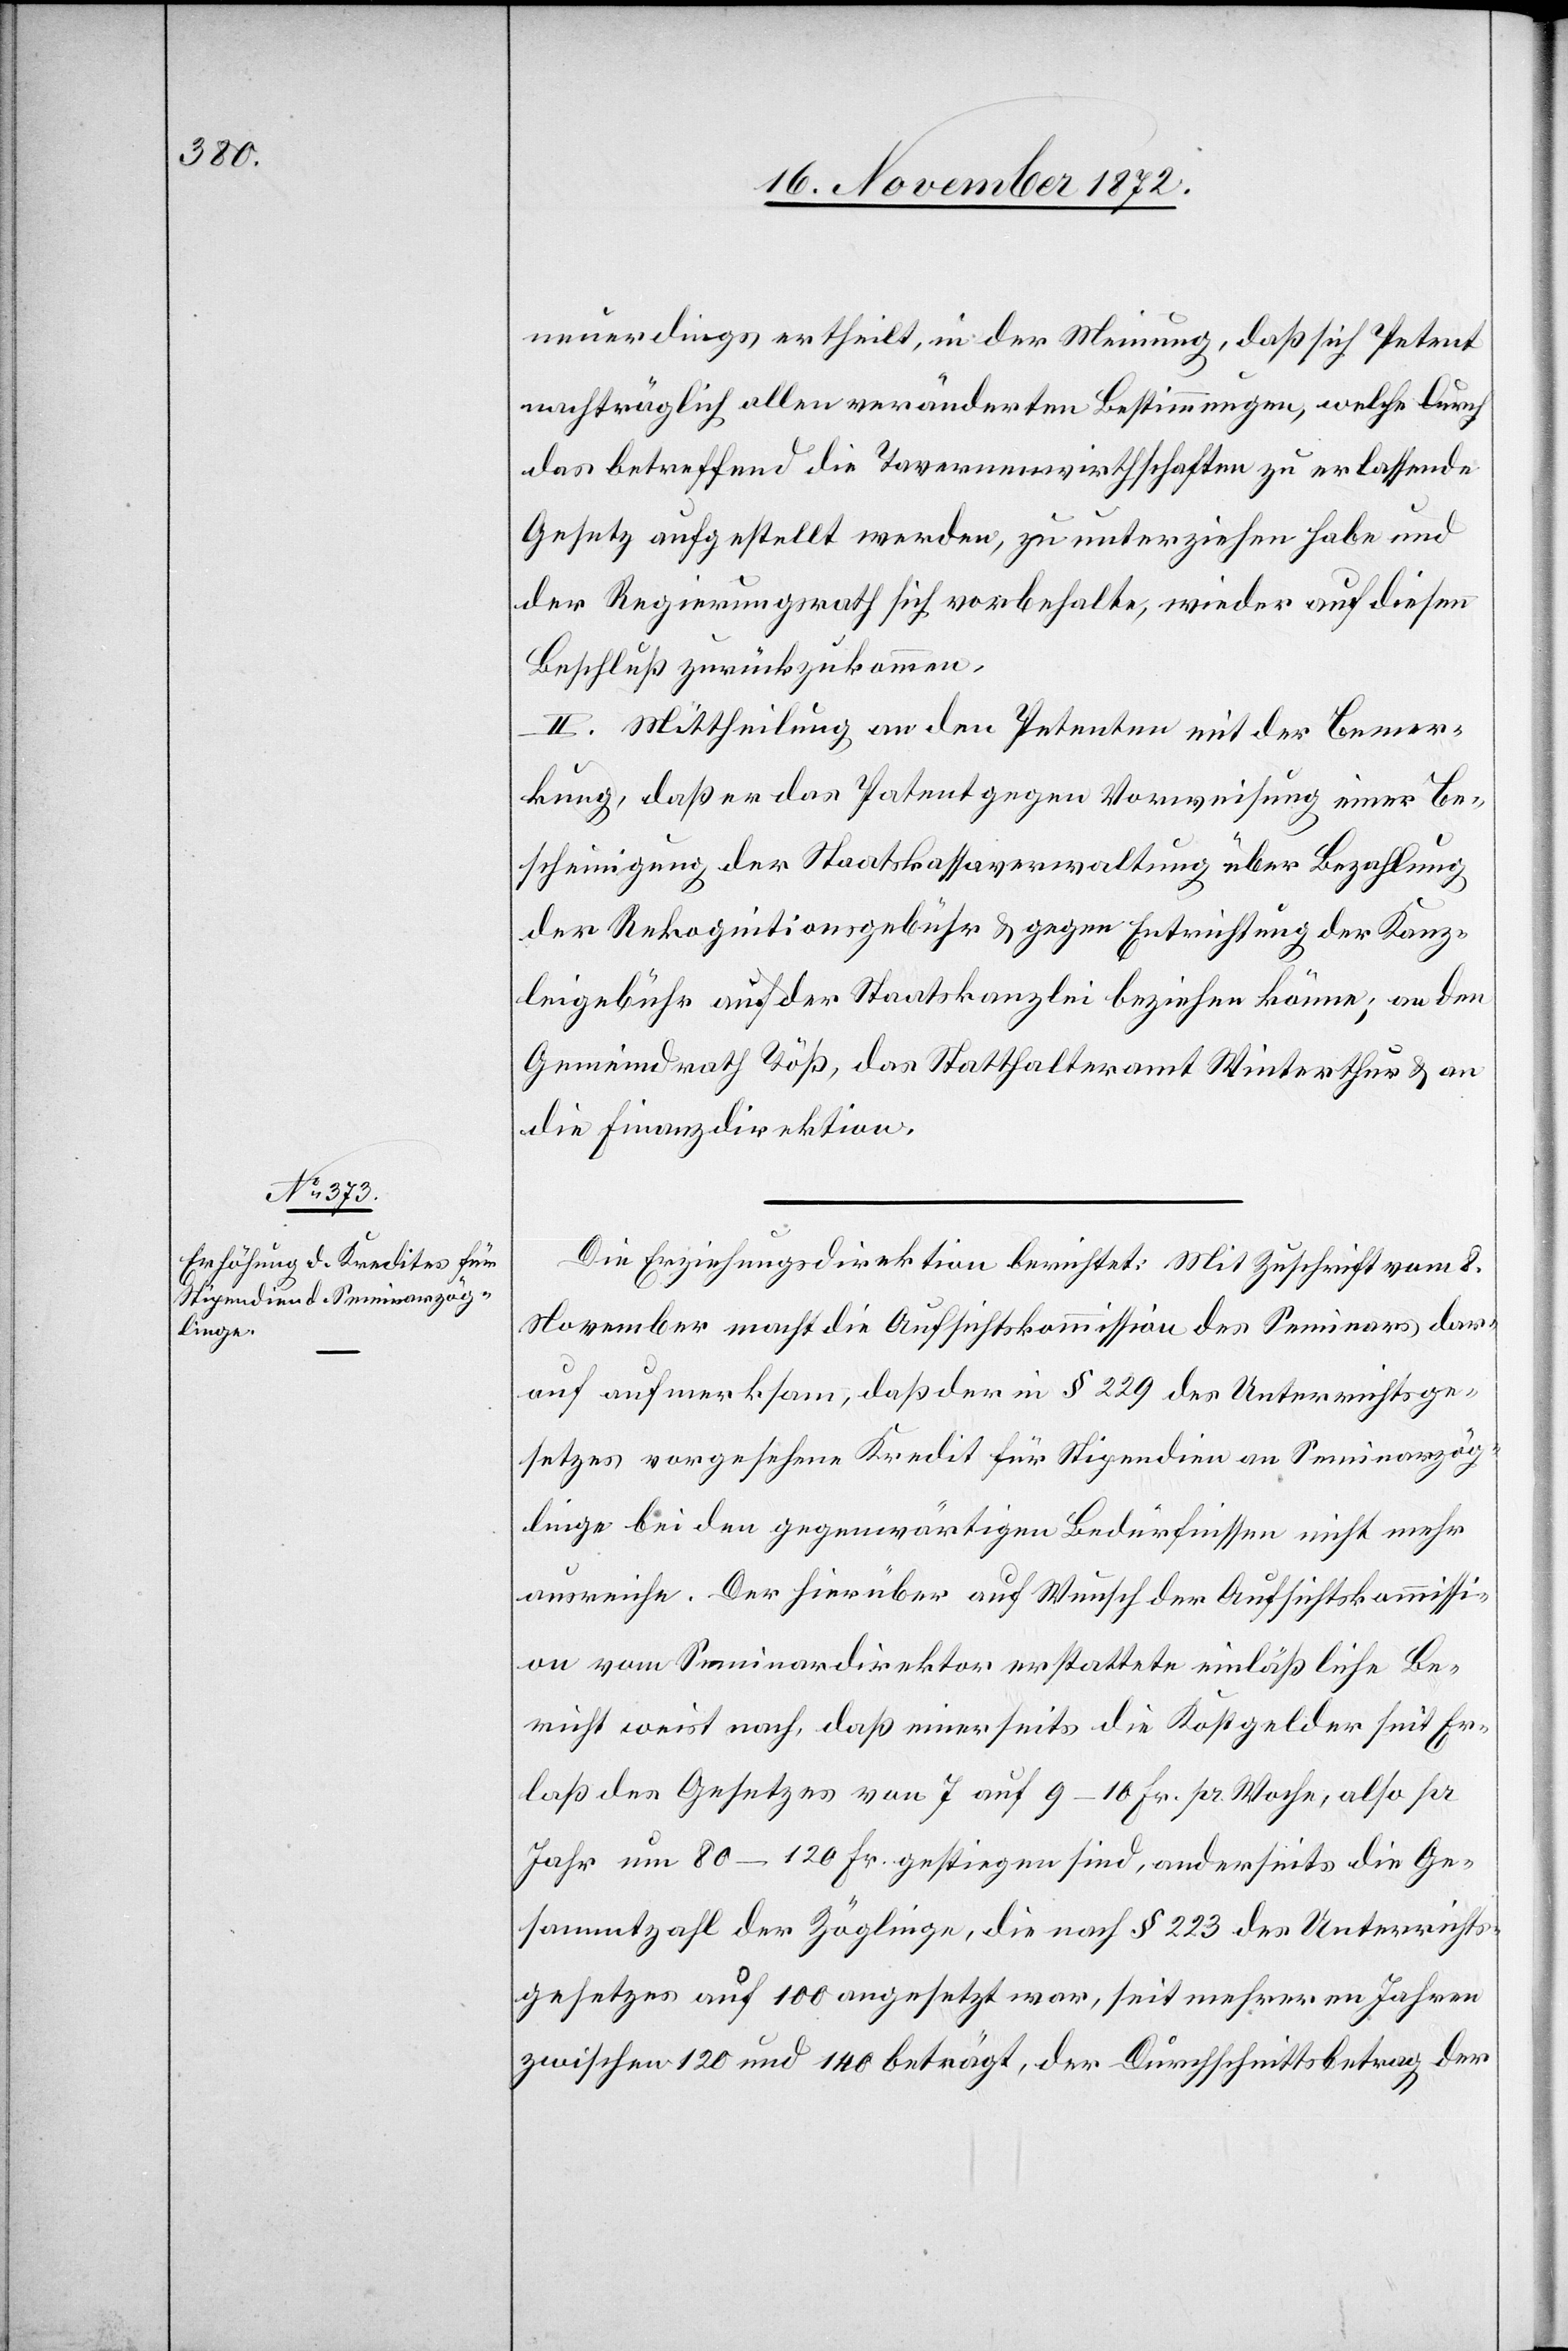
neuerdings ertheilt, in der Meinung, daß sich Petent
nachträglich allen veränderten Bestimmungen, welche durch
das betreffend die Tavernenwirthschaften zu erlassende
Gesetz aufgestellt werden, zu unterziehen habe und
der Regierungsrath sich vorbehalte, wieder auf diesen
Beschluß zurückzukommen.
II. Mittheilung an den Petenten mit der Bemer¬
kung, daß er das Patent gegen Vorweisung einer Be¬
scheinigung der Staatskassaverwaltung über Bezahlung
der Rekognitionsgebühr u. gegen Entrichtung der Kanz¬
leigebühr auf der Staatskanzlei beziehen könne; an den
Gemeindrath Töß, das Statthalteramt Winterthur u. an
die Finanzdirektion.
Die Erziehungsdirektion berichtet: Mit Zuschrift vom 8.
November macht die Aufsichtskommission des Seminars dar¬
auf aufmerksam, daß der in § 229 des Unterrichtsge¬
setzes vorgesehene Kredit für Stipendien an Seminarzög¬
linge bei den gegenwärtigen Bedürfnissen nicht mehr
ausreiche. Der hierüber auf Wunsch der Aufsichtskommissi¬
on vom Seminardirektor erstattete einläßliche Be¬
richt weist nach, daß einerseits die Kostgelder seit Er¬
laß des Gesetzes von 7 auf 9–10 Fr. pr. Woche, also pr
Jahr um 80–120 Fr. gestiegen sind, anderseits die Ge¬
sammtzahl der Zöglinge, die nach § 223 des Unterrichts¬
gesetzes auf 100 angesetzt war, seit mehreren Jahren
zwischen 120 und 140 beträgt, der Durchschnittsbetrag der